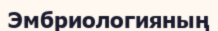
Эмбриологияның